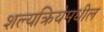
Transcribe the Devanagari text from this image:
शल्यक्रियेमधील